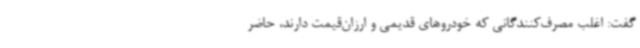
گفت: اغلب مصرف‌کنندگانی که خودروهای قدیمی و ارزان‌قیمت دارند، حاضر